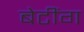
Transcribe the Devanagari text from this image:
बेटींग